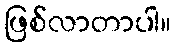
ဖြစ်လာတာပါ။